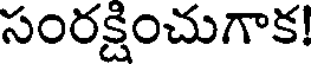
సంరక్షించుగాక!